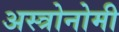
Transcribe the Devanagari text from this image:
अस्त्रोनोमी